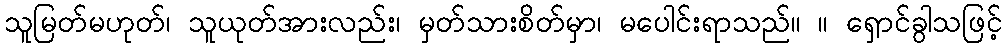
သူမြတ်မဟုတ်၊ သူယုတ်အားလည်း၊ မှတ်သားစိတ်မှာ၊ မပေါင်းရာသည်။ ။ ရှောင်ခွါသဖြင့်